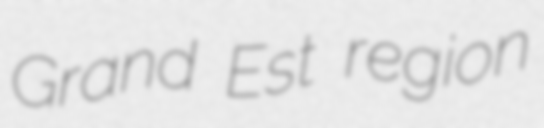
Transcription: Grand Est region